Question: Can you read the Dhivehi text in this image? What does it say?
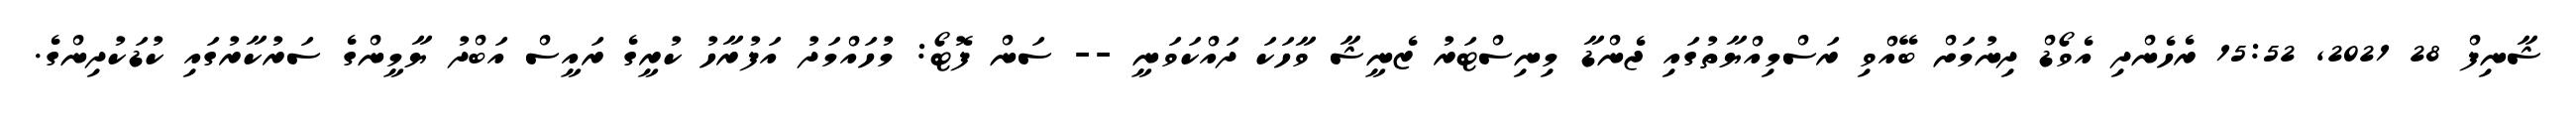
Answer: ޝާނިފް 28 2021, 15:52 ރެހެންދި އެވޯޑް ދިނުމަށް ބޭއްވި ރަސްމިއްޔާތުގައި ޖެންޑާ މިނިސްޓަރު ޒެނީޝާ ވާހަކަ ދައްކަވަނީ -- ސަން ފޮޓޯ: މުހައްމަދު އަފުރާހު ކުރީގެ ރައީސް އަބްދު ޔާމީންގެ ސަރުކާރުގައި ކުޑަކުދިންގެ.